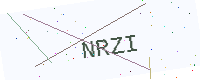
Text: NRZI